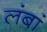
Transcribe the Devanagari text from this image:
लंबां